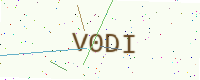
Text: V0DI